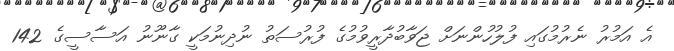
އެ އަމުރު ނެރުމުގައި ފުލުހުންނަށް ޖަވާބުދާރީވުމުގެ ފުރުސަތު ނުދިނުމަކީ ގާނޫނު އަސާސީގެ 142